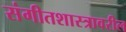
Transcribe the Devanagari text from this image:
संगीतशास्त्रावरील